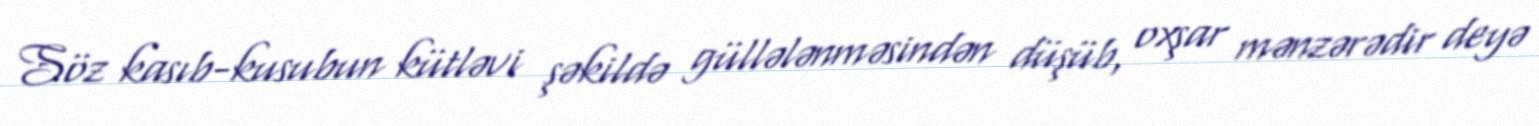
Söz kasıb-kusubun kütləvi şəkildə güllələnməsindən düşüb, oxşar mənzərədir deyə